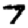
Digit: 7